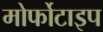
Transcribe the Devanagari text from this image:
मोर्फोटाइप